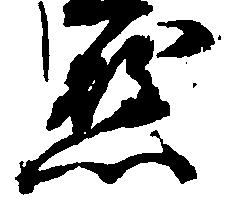
懸